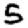
Digit: 5